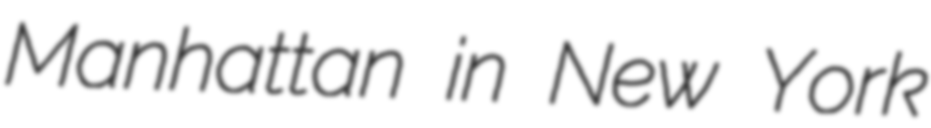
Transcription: Manhattan in New York